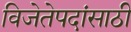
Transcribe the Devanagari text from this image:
विजेतेपदांसाठी